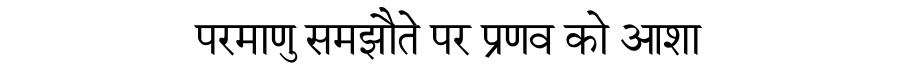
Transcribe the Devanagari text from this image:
परमाणु समझौते पर प्रणव को आशा